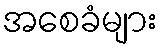
အစေခံများ